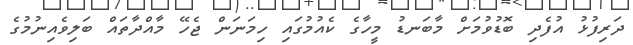
ދަރިފުޅު އުފެދި ބޮޑުވުމަށް މާބަނޑު މީހާގެ ކެއުމުގައި ހިމަނަން ޖެހޭ މާއްދާތައް ބަލިވެއިނުމުގެ